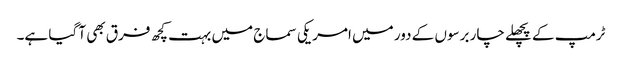
ٹرمپ کے پچھلے چار برسوں کے دور میں امریکی سماج میں بہت کچھ فرق بھی آ گیا ہے۔